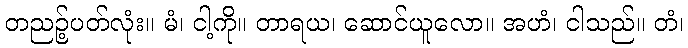
တညဉ့်ပတ်လုံး။ မံ၊ ငါ့ကို။ တာရယ၊ ဆောင်ယူလော။ အဟံ၊ ငါသည်။ တံ၊